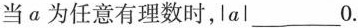
当a为任意有理数时，\left |a\right |___0。